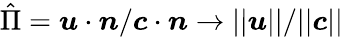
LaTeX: \hat{\Pi}=\boldsymbol{u}\cdot\boldsymbol{n}/\boldsymbol{c}\cdot\boldsymbol{n}\to||\boldsymbol{u}||/||\boldsymbol{c}||